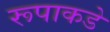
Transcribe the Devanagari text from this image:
रूपाकडे